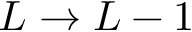
L \to L - 1